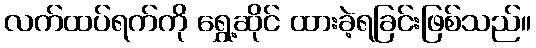
လက်ထပ်ရက်ကို ရွှေ့ဆိုင် ထားခဲ့ရခြင်းဖြစ်သည်။